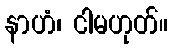
နာဟံ၊ ငါမဟုတ်။